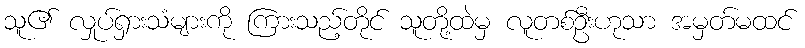
သူ၏ လှုပ်ရှားသံများကို ကြားသည့်တိုင် သူတို့ထဲမှ လူတစ်ဦးဟုသာ အမှတ်မထင်